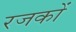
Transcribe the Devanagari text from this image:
रजकों